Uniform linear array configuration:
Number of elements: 8
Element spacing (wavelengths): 0.25
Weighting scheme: cosine
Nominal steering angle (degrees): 15
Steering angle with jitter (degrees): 13.637
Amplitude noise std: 0.05
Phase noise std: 0.05

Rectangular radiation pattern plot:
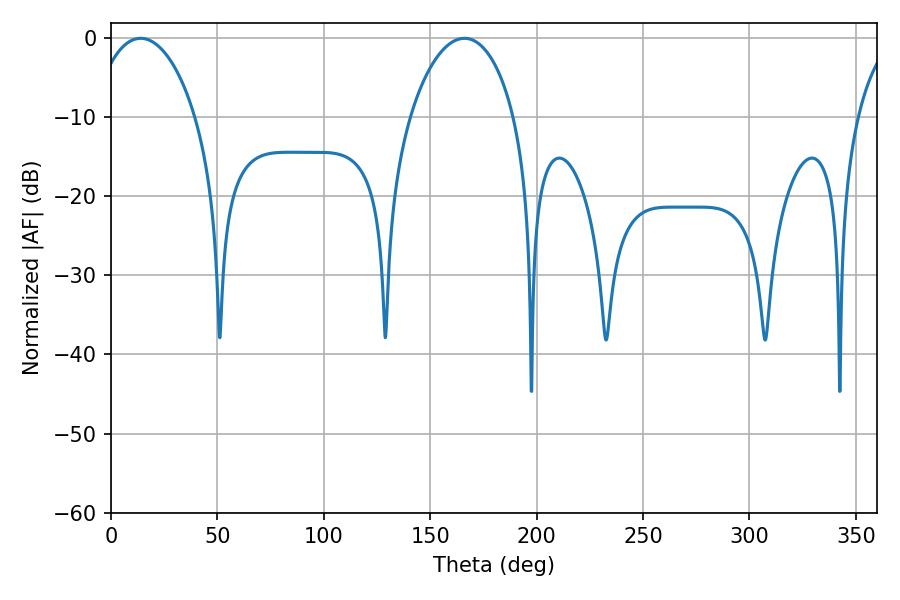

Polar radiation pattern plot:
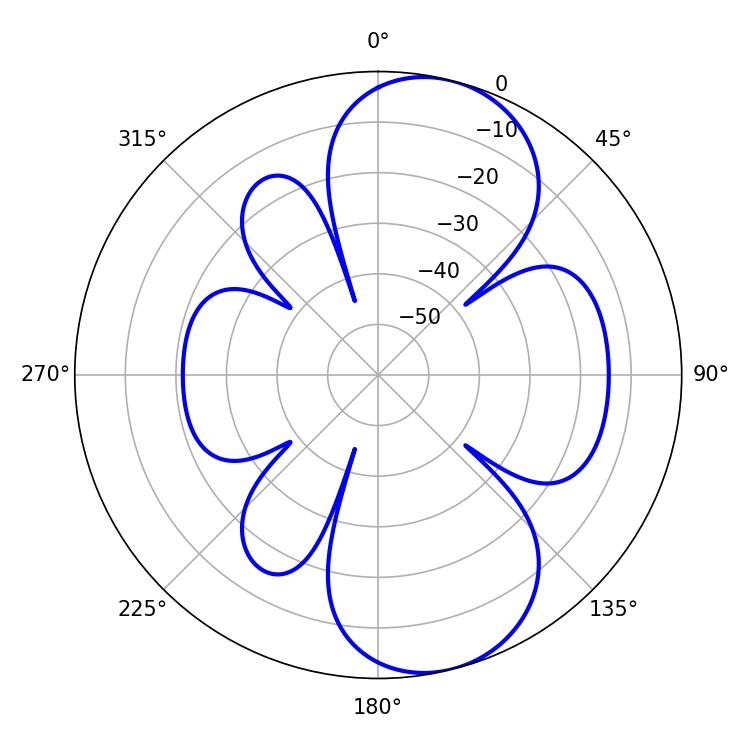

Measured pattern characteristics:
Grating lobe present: FALSE
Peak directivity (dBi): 8.688
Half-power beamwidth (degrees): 27.9
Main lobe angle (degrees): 13.86